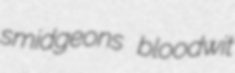
smidgeons bloodwit